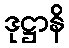
ဒုဋ္ဌာနိ